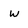
Character: w